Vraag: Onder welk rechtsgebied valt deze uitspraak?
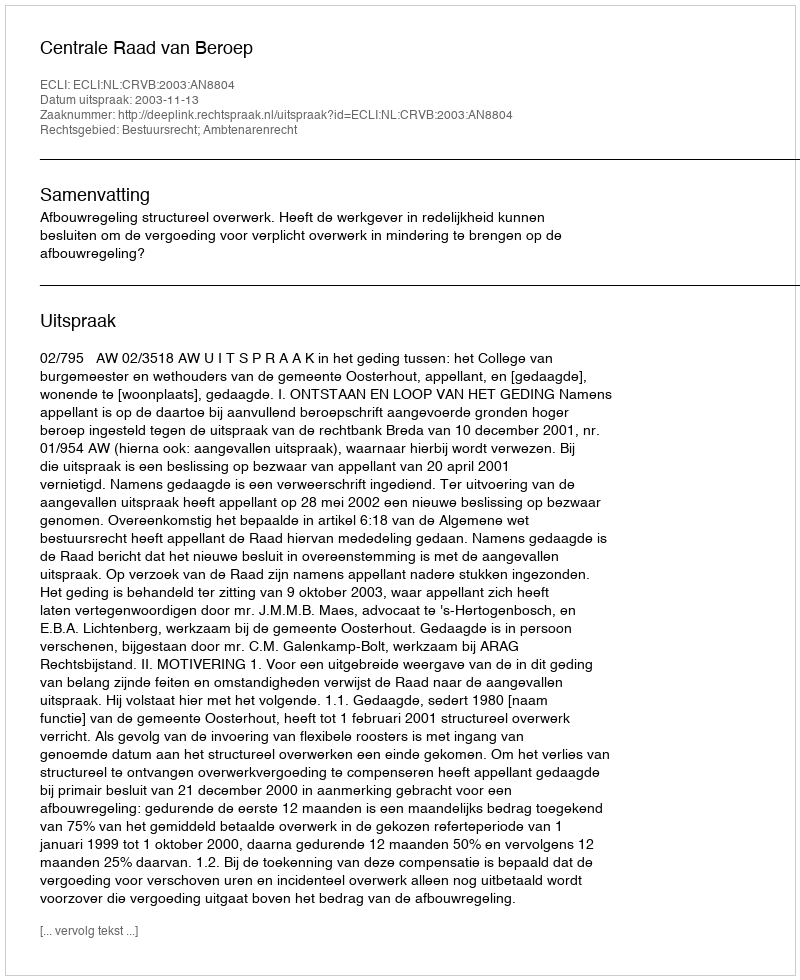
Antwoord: Bestuursrecht; Ambtenarenrecht